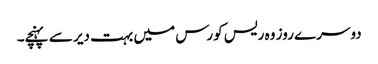
دوسرے روز وہ ریس کورس میں بہت دیر سے پہنچے۔